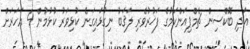
އަދި ބޮކްސިން ޗެމްޕިއަންކަމުގެ ފަޚުރުވެރި ލަޤަބު ނިގުޅައިގަނެ ކުޅިވަރު ކުޅުމުން 4 އަހަރަށް